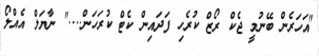
"އަހަރެން ބޭނުމީ ޖެކް ރޯޒް ކުރެހި ފަދައިން ކެޓް ކުރަހަން...." ނާޔަލް އެއްލޯ